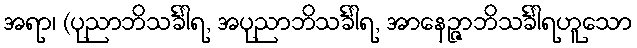
အရာ၊ (ပုညာဘိသင်္ခါရ, အပုညာဘိသင်္ခါရ, အာနေဉ္ဇာဘိသင်္ခါရဟူသော